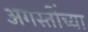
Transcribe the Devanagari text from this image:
अगस्तींच्या